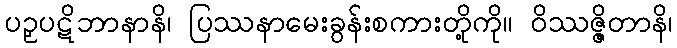
ပဉှပဋိဘာနာနိ၊ ပြဿနာမေးခွန်းစကားတို့ကို။ ဝိဿဇ္ဇိတာနိ၊